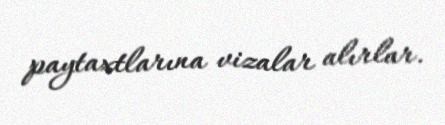
paytaxtlarına vizalar alırlar.